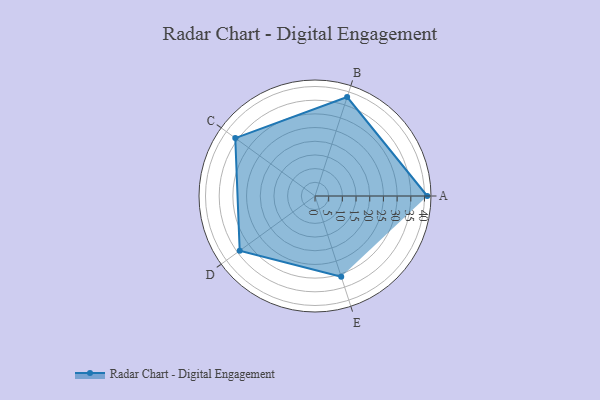
{"axis": {"x": "Skill", "y": "Score"}, "legend": ["Profile"], "data": [{"x": "A", "y": 41.0, "type": "Profile"}, {"x": "B", "y": 38.0, "type": "Profile"}, {"x": "C", "y": 36.0, "type": "Profile"}, {"x": "D", "y": 34.0, "type": "Profile"}, {"x": "E", "y": 31.0, "type": "Profile"}]}